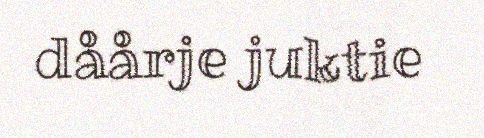
dåårje juktie